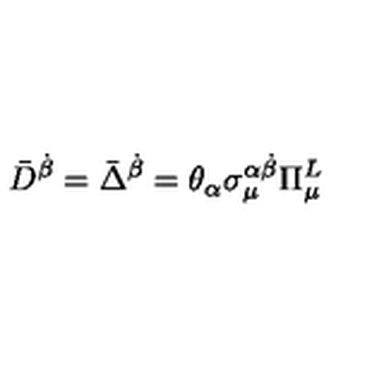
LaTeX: \bar { D } ^ { \dot { \beta } } = \bar { \Delta } ^ { \dot { \beta } } = \theta _ { \alpha } \sigma _ { \mu } ^ { \alpha \dot { \beta } } \Pi _ { \mu } ^ { L }